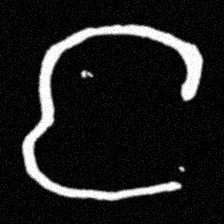
Pyu character \u2014 Myanmar letter: င (romanized: nga)